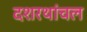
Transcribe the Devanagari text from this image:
दशरथांचल